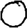
Digit: 0